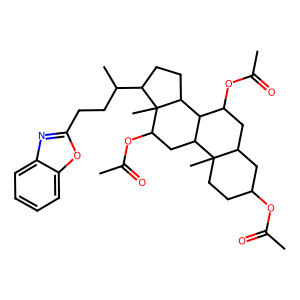
SMILES: CC(=O)OC1CCC2(C)C(C1)CC(OC(C)=O)C1C2CC(OC(C)=O)C2(C)C(C(C)CCc3nc4ccccc4o3)CCC12
Inhibits HIV replication: No